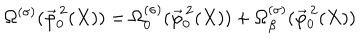
\Omega ^ { ( \sigma ) } ( \vec { \varphi } _ { 0 } ^ { \, 2 } ( X ) ) = \Omega _ { 0 } ^ { ( \sigma ) } ( \vec { \varphi } _ { 0 } ^ { \, 2 } ( X ) ) + \Omega _ { \beta } ^ { ( \sigma ) } ( \vec { \varphi } _ { 0 } ^ { \, 2 } ( X ) )